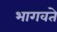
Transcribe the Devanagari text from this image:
भागवते